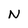
Character: N